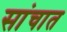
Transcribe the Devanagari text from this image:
सांचात